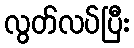
လွတ်လပ်ပြီး